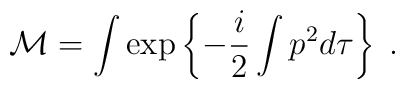
{\cal M}=\int\exp\left\{-\frac{i}{2}\int p^{2}d\tau\right\} \; .